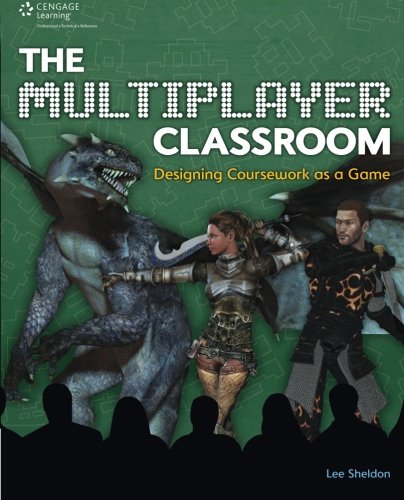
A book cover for The Multiplayer Classroom: Designing Coursework as a Game; Lee Sheldon; Computers & Technology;